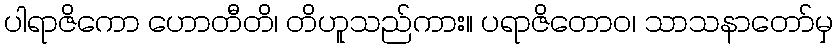
ပါရာဇိကော ဟောတီတိ၊ တိဟူသည်ကား။ ပရာဇိတောဝ၊ သာသနာတော်မှ